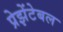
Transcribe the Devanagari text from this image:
प्रेझेंटेबल